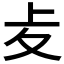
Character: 𠧔